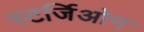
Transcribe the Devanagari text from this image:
स्टर्जिओन